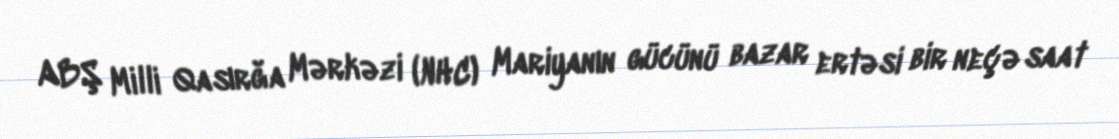
ABŞ Milli Qasırğa Mərkəzi (NHC) Mariyanın gücünü bazar ertəsi bir neçə saat